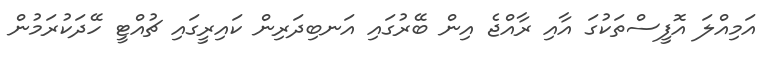
އަމިއްލަ އޮފީސްތަކުގަ އާއި ރާއްޖެ އިން ބޭރުގައި އަނބިދަރިން ކައިރީގައި ޗުއްޓީ ހޭދަކުރަމުން